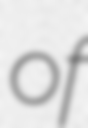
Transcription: of